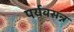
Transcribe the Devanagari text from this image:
पर्यवसन्न